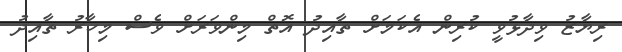
ރިޔާޒު ވިދާޅުވީ ކުރިން އެކަމަށް ތާއިދު އޮތް މިންވަރަށް ވެސް މިހާރު ތާއިދު